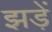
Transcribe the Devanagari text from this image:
झड़ें